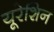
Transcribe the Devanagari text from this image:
यूरेशिन